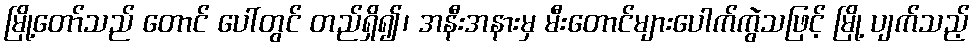
မြို့တော်သည် တောင် ပေါ်တွင် တည်ရှိ၍၊ အနီးအနားမှ မီးတောင်များပေါက်ကွဲသဖြင့် မြို့ ပျက်သည့်